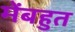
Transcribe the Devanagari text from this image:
मेंबहुत